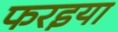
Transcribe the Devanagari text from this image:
फरइया